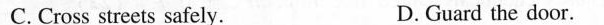
C. Cross streets safely. D. Guard the door.